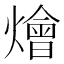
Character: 燴